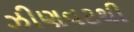
ઝીણવટથી